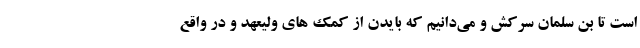
است تا بن سلمان سرکش و می‌دانیم که بایدن از کمک های ولیعهد و در واقع